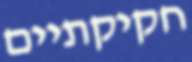
חקיקתיים